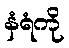
နံရံကို